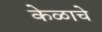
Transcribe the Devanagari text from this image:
केळाचे